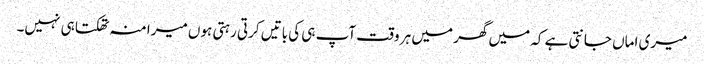
میری اماں جانتی ہے کہ میں گھر میں ہر وقت آپ ہی کی باتیں کرتی رہتی ہوں میرا منہ تھکتا ہی نہیں۔